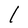
Character: l